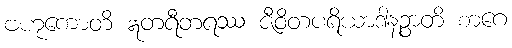
ဗဟုကောတိ ဣတရီတရဿ ဇီဝိတပရိယာဒါနဉ္စာတိ စာဂေ